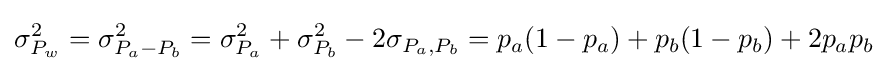
\sigma _{P_{w}}^{2}=\sigma _{P_{a}-P_{b}}^{2}=\sigma _{P_{a}}^{2}+\sigma _{P_{b}}^{2}-2\sigma _{P_{a},P_{b}}=p_{a}(1-p_{a})+p_{b}(1-p_{b})+2p_{a}p_{b}